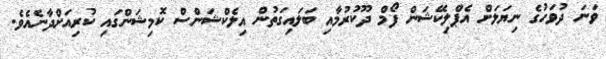
ވަނަ ދުވަހުގެ ނިޔަލަށް އެޕްލިކޭޝަން ފޯމް ދޫކުރުމާއި ބަލައިގަތުން އިލެކްޝަންސް ކޮމިޝަންގައި ކުރިއަށްދާނެއެވެ.